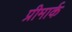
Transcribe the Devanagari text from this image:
प्रीमार्क